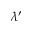
\lambda ^ { \prime }